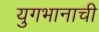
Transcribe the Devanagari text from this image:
युगभानाची